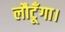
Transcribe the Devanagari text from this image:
लौटूँगा।